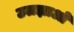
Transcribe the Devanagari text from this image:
उलझाओ